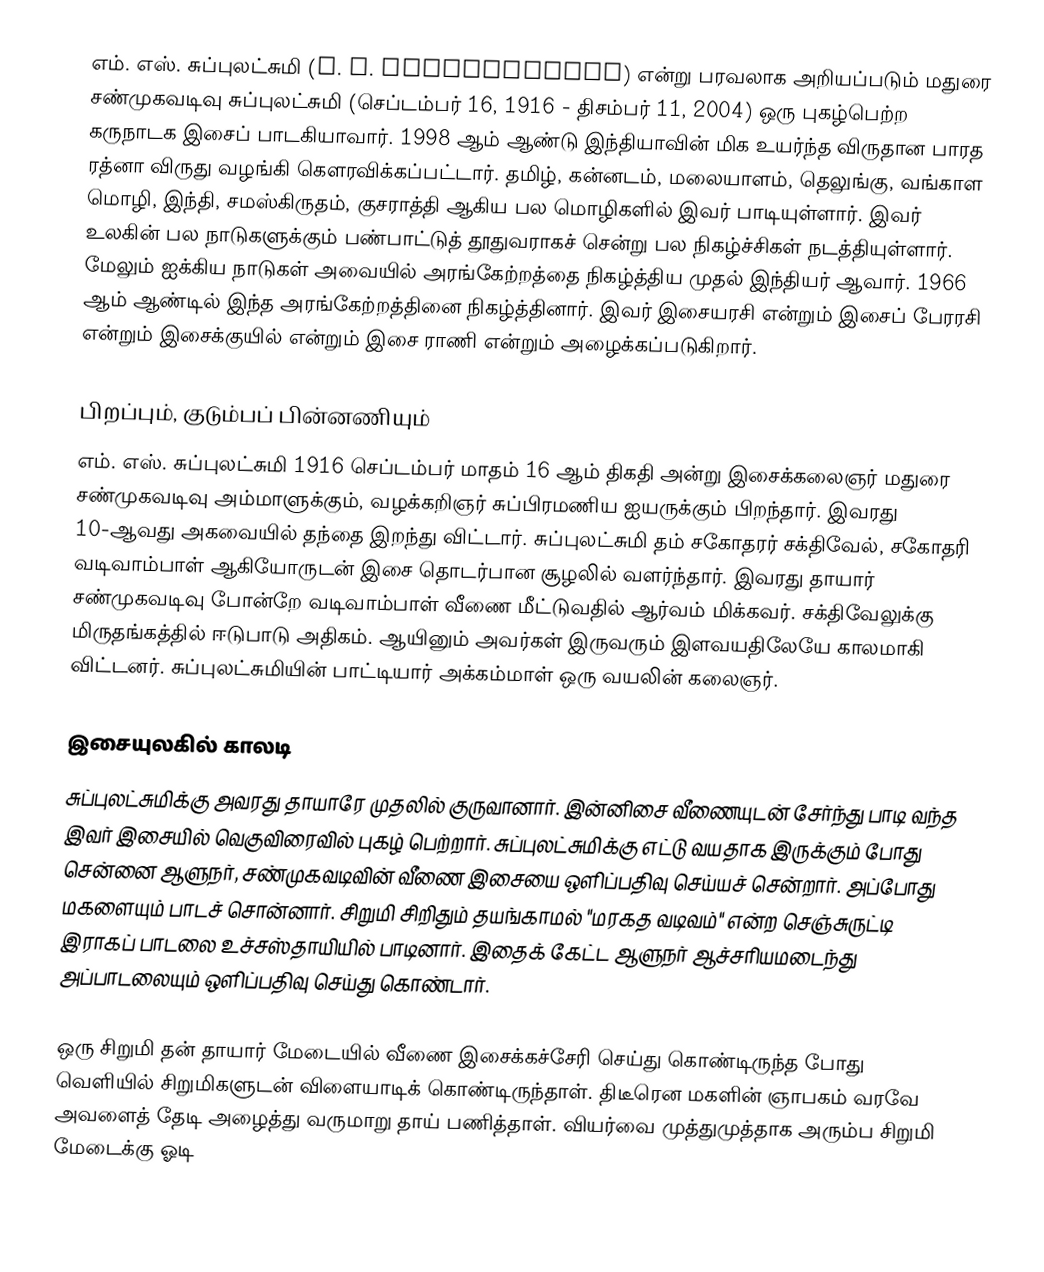
எம். எஸ். சுப்புலட்சுமி (M. S. Subbulakshmi) என்று பரவலாக அறியப்படும் மதுரை சண்முகவடிவு சுப்புலட்சுமி (செப்டம்பர் 16, 1916 - திசம்பர் 11, 2004) ஒரு புகழ்பெற்ற கருநாடக இசைப் பாடகியாவார். 1998 ஆம் ஆண்டு இந்தியாவின் மிக உயர்ந்த விருதான பாரத ரத்னா விருது வழங்கி கௌரவிக்கப்பட்டார். தமிழ், கன்னடம், மலையாளம், தெலுங்கு, வங்காள மொழி, இந்தி, சமஸ்கிருதம், குசராத்தி ஆகிய பல மொழிகளில் இவர் பாடியுள்ளார். இவர் உலகின் பல நாடுகளுக்கும் பண்பாட்டுத் தூதுவராகச் சென்று பல நிகழ்ச்சிகள் நடத்தியுள்ளார். மேலும் ஐக்கிய நாடுகள் அவையில் அரங்கேற்றத்தை நிகழ்த்திய முதல் இந்தியர் ஆவார். 1966 ஆம் ஆண்டில் இந்த அரங்கேற்றத்தினை நிகழ்த்தினார். இவர் இசையரசி   என்றும்  இசைப் பேரரசி  என்றும் இசைக்குயில்  என்றும் இசை ராணி  என்றும் அழைக்கப்படுகிறார்.

பிறப்பும், குடும்பப் பின்னணியும்
எம். எஸ். சுப்புலட்சுமி 1916 செப்டம்பர் மாதம் 16 ஆம் திகதி அன்று இசைக்கலைஞர் மதுரை சண்முகவடிவு அம்மாளுக்கும், வழக்கறிஞர் சுப்பிரமணிய ஐயருக்கும் பிறந்தார். இவரது 10-ஆவது அகவையில் தந்தை இறந்து விட்டார். சுப்புலட்சுமி தம்  சகோதரர் சக்திவேல், சகோதரி வடிவாம்பாள் ஆகியோருடன் இசை தொடர்பான சூழலில் வளர்ந்தார். இவரது தாயார் சண்முகவடிவு போன்றே வடிவாம்பாள் வீணை மீட்டுவதில் ஆர்வம் மிக்கவர். சக்திவேலுக்கு மிருதங்கத்தில் ஈடுபாடு அதிகம். ஆயினும் அவர்கள் இருவரும் இளவயதிலேயே காலமாகி விட்டனர். சுப்புலட்சுமியின் பாட்டியார் அக்கம்மாள் ஒரு வயலின் கலைஞர்.

இசையுலகில் காலடி
சுப்புலட்சுமிக்கு அவரது தாயாரே முதலில் குருவானார். இன்னிசை வீணையுடன் சேர்ந்து பாடி வந்த இவர் இசையில் வெகுவிரைவில் புகழ் பெற்றார். சுப்புலட்சுமிக்கு எட்டு வயதாக இருக்கும் போது சென்னை ஆளுநர், சண்முகவடிவின் வீணை இசையை ஒளிப்பதிவு செய்யச் சென்றார். அப்போது மகளையும் பாடச் சொன்னார். சிறுமி சிறிதும் தயங்காமல் "மரகத வடிவம்" என்ற செஞ்சுருட்டி இராகப் பாடலை உச்சஸ்தாயியில் பாடினார். இதைக் கேட்ட ஆளுநர் ஆச்சரியமடைந்து அப்பாடலையும் ஒளிப்பதிவு செய்து கொண்டார்.

ஒரு சிறுமி தன் தாயார் மேடையில் வீணை இசைக்கச்சேரி செய்து கொண்டிருந்த போது வெளியில் சிறுமிகளுடன் விளையாடிக் கொண்டிருந்தாள். திடீரென மகளின் ஞாபகம் வரவே அவளைத் தேடி அழைத்து வருமாறு தாய் பணித்தாள். வியர்வை முத்துமுத்தாக அரும்ப சிறுமி மேடைக்கு ஓடி